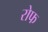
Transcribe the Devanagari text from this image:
रोफ